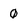
Character: 0